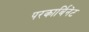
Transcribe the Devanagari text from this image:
परकार्बिनेट